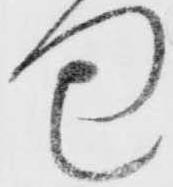
包